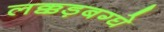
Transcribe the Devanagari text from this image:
लक्कड़बग्घे